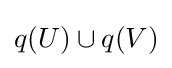
q(U)\cup q(V)